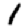
Digit: 1